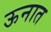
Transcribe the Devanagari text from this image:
ऊनात